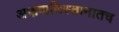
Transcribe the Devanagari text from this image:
अफगाणिस्तानातच